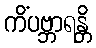
ကိံပဗ္ဘာရန္တိ